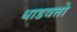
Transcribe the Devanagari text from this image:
धाडवतो